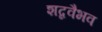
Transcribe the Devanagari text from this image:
शब्दवैभव